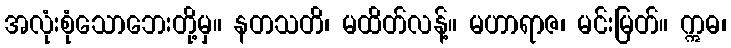
အလုံးစုံသောဘေးတို့မှ။ နတသတိ၊ မထိတ်လန့်။ မဟာရာဇ၊ မင်းမြတ်။ ဣဓ၊